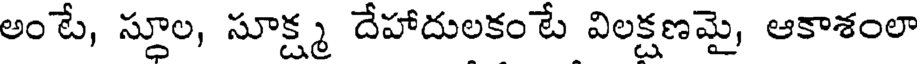
అంటే, స్థూల, సూక్ష్మ దేహాదులకం టే విలక్షణమై, ఆకాశంలా